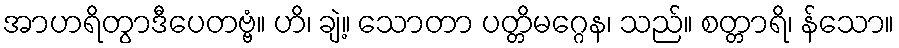
အာဟရိတွာဒီပေတဗ္ဗံ။ ဟိ၊ ချဲ့။ သောတာ ပတ္တိမဂ္ဂေန၊ သည်။ စတ္တာရိ၊ န်သော။